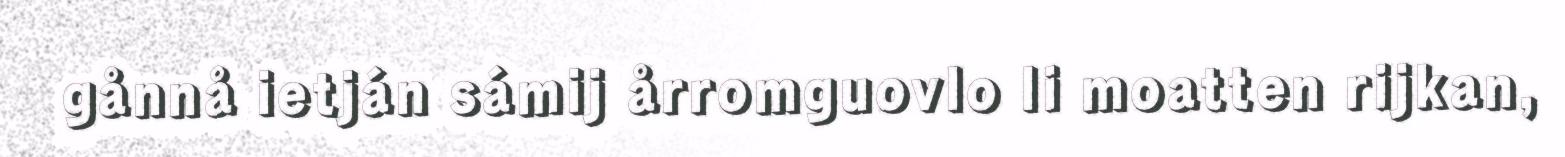
gånnå ietján sámij årromguovlo li moatten rijkan,